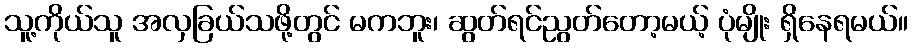
သူ့ကိုယ်သူ အလှခြယ်သဖို့တွင် မကဘူး၊ ဆွတ်ရင်ညွတ်တော့မယ့် ပုံမျိုး ရှိနေရမယ်။